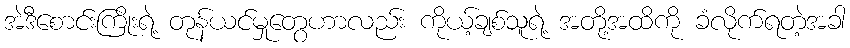
အဲဒီစောင်းကြိုးရဲ့ တုန်ယင်မှုတွေဟာလည်း ကိုယ့်ချစ်သူရဲ့ အတို့အထိကို ခံလိုက်ရတဲ့အခါ